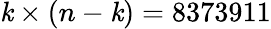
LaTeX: \mathit{k}\times(n-\mathit{k})=8373911